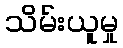
သိမ်းယူမှု